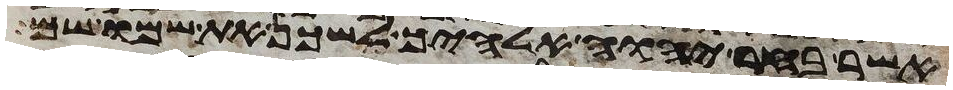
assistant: אשר בחר יהוה אלהיך לשכן את שמו שם